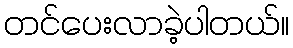
တင်ပေးလာခဲ့ပါတယ်။